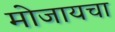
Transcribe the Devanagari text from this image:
मोजायचा